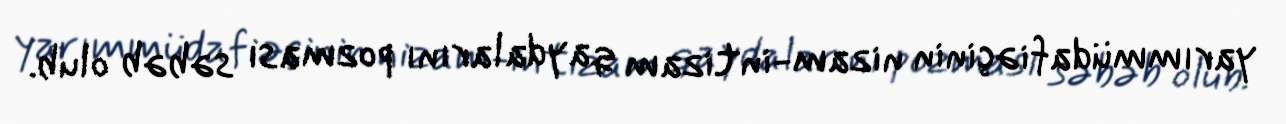
yarımmüdafiəçinin nizam-intizam qaydalarını pozması səbəb olub.